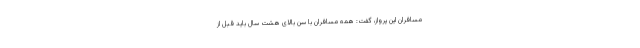
مسافران این پرواز، گفت: همه مسافران با سن بالای هشت سال باید قبل از